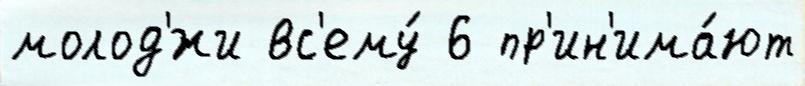
молод'́жи вс'ему́ 6 пр'ин'има́ют